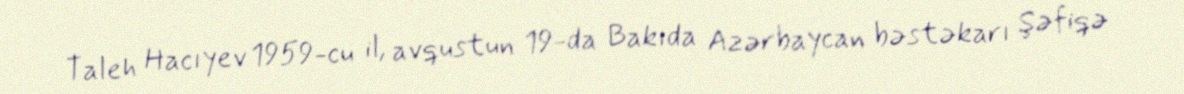
Taleh Hacıyev 1959-cu il, avqustun 19-da Bakıda Azərbaycan bəstəkarı Şəfiqə